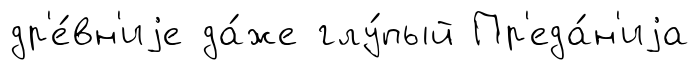
др'е́вн'иjе да́же глу́пый Пр'еда́н'иjа